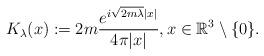
LaTeX: \begin{align*} K_\lambda(x) := 2 m \frac{e^{i\sqrt{2 m \lambda} |x|}}{4 \pi |x|}, x \in \mathbb{R}^3 \setminus \{ 0 \}.\end{align*}